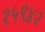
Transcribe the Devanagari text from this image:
१५९४२